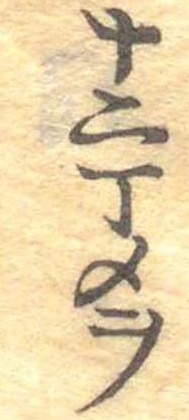
十二丁メヲ